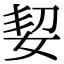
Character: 㛃